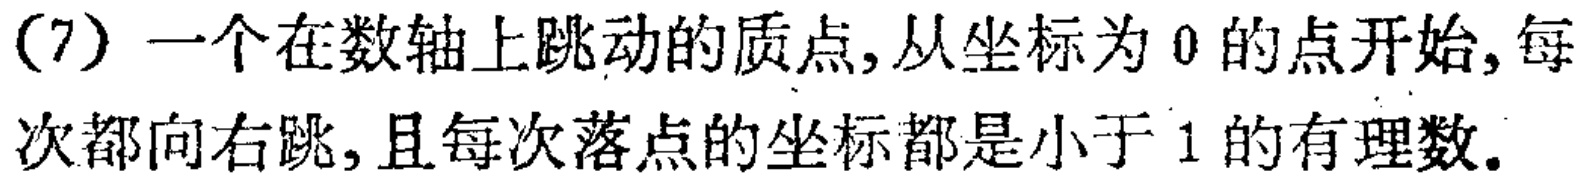
（7）一个在数轴上跳动的质点,从坐标为$0$的点开始,每次都向右跳,且每次落点的坐标都是小于$1$的有理数.